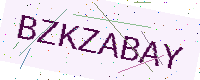
Text: BZKZABAY